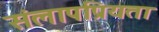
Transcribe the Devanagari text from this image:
संलापप्रियता